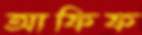
আফিফ